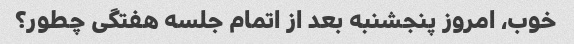
خوب، امروز پنجشنبه بعد از اتمام جلسه هفتگی چطور؟